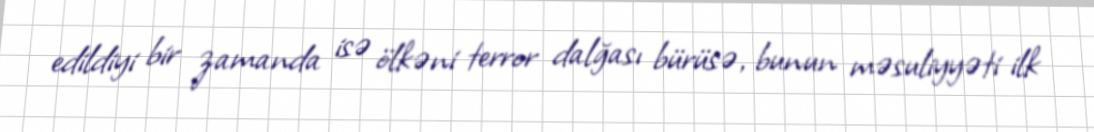
edildiyi bir zamanda isə ölkəni terror dalğası bürüsə, bunun məsuliyyəti ilk